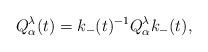
LaTeX: \begin{align*}Q^\lambda_\alpha(t)=k_-(t)^{-1}Q^\lambda_\alpha k_-(t),\end{align*}